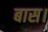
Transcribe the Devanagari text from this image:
बास।